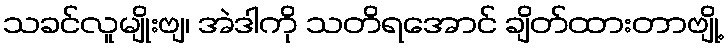
သခင်လူမျိုးဗျ၊ အဲဒါကို သတိရအောင် ချိတ်ထားတာဗျို့